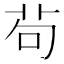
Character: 茍